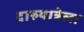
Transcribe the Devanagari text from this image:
दारुयात्रेला